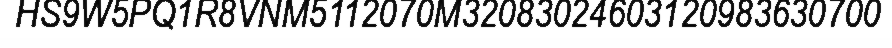
HS9W5PQ1R8VNM5112070M32083024603120983630700